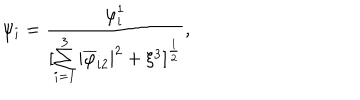
{ \psi _ { i } } = { \frac { \varphi _ { i } ^ { 1 } } { [ \sum _ { i = 1 } ^ { 3 } | \overline { { { \varphi } } } _ { i 2 } | ^ { 2 } + \xi ^ { 3 } ] ^ { \frac { 1 } { 2 } } } } ,